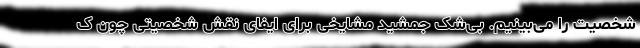
شخصیت را می‌بینیم. بی‌شک جمشید مشایخی برای ایفای نقش شخصیتی چون ک